[Report on the health of British troops in the Madras command]
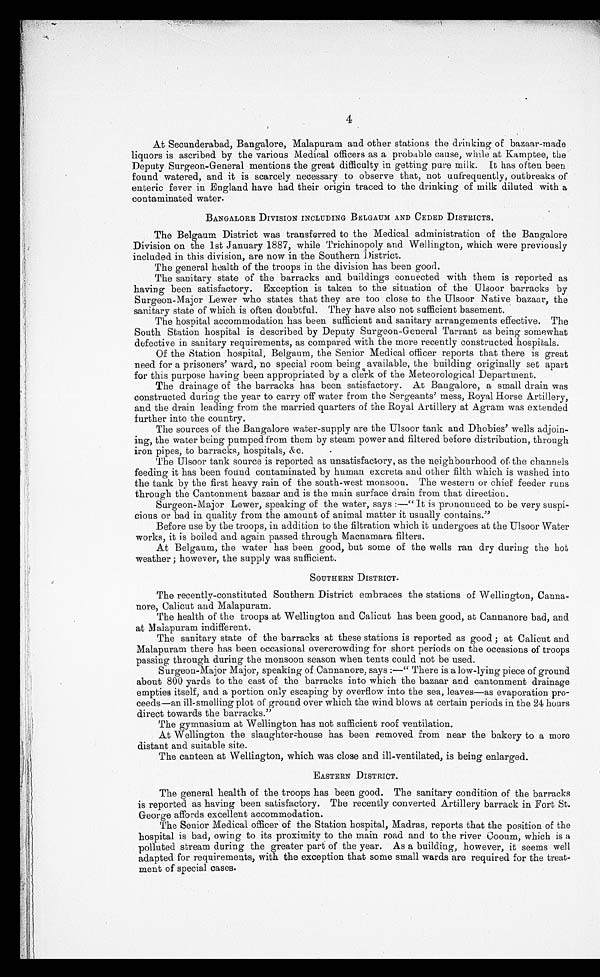
4
At Secunderabad, Bangalore, Malapuram and other stations the drinking of bazaar-made
liquors is ascribed by the various Medical officers as a probable cause, while at Kamptee, the
Deputy Surgeon-General mentions the great difficulty in getting pure milk. It has often been
found watered, and it is scarcely necessary to observe that, not unfrequently, outbreaks of
enteric fever in England have had their origin traced to the drinking of milk diluted with a
contaminated water.
BANGALORE DIVISION INCLUDING BELGAUM AND CEDED DISTRICTS.
The Belgaum District was transferred to the Medical administration of the Bangalore
Division on the 1st January 1887, while Trichinopoly and Wellington, which were previously
included in this division, are now in the Southern District.
The general health of the troops in the division has been good.
The sanitary state of the barracks and buildings connected with them is reported as
having been satisfactory. Exception is taken to the situation of the Ulsoor barracks by
Surgeon-Major Lewer who states that they are too close to the Ulsoor Native bazaar, the
sanitary state of which is often doubtful. They have also not sufficient basement.
The hospital accommodation has been sufficient and sanitary arrangements effective. The
South Station hospital is described by Deputy Surgeon-General Tarrant as being somewhat
defective in sanitary requirements, as compared with the more recently constructed hospitals.
Of the Station hospital, Belgaum, the Senior Medical officer reports that there is great
need for a prisoners' ward, no special room being available, the building originally set apart
for this purpose having been appropriated by a clerk of the Meteorological Department.
The drainage of the barracks has been satisfactory. At Bangalore, a small drain was
constructed during the year to carry off water from the Sergeants' mess, Royal Horse Artillery,
and the drain leading from the married quarters of the Royal Artillery at Agram was extended
further into the country.
The sources of the Bangalore water-supply are the Ulsoor tank and Dhobies' wells adjoin
-ing, the water being pumped from them by steam power and filtered before distribution, through
iron pipes, to barracks, hospitals, &c.
The Ulsoor tank source is reported as unsatisfactory, as the neighbourhood of the channels
feeding it has been found contaminated by human excreta and other filth which is washed into
the tank by the first heavy rain of the south-west monsoon. The western or chief feeder runs
through the Cantonment bazaar and is the main surface drain from that direction.
Surgeon-Major Lewer, speaking of the water, says:—"It is pronounced to be very suspi
-cious or bad in quality from the amount of animal matter it usually contains."
Before use by the troops, in addition to the filtration which it undergoes at the Ulsoor Water
works, it is boiled and again passed through Macnamara filters.
At Belgaum, the water has been good, but some of the wells ran dry during the hot
weather; however, the supply was sufficient.
SOUTHERN DISTRICT.
The recently-constituted Southern District embraces the stations of Wellington, Canna
-nore, Calicut and Malapuram.
The health of the troops at Wellington and Calicut has been good, at Cannanore bad, and
at Malapuram indifferent.
The sanitary state of the barracks at these stations is reported as good; at Calicut and
Malapuram there has been occasional overcrowding for short periods on the occasions of troops
passing through during the monsoon season when tents could not be used.
Surgeon-Major Major, speaking of Cannanore, says:—"There is a low-lying piece of ground
about 800 yards to the east of the barracks into which the bazaar and cantonment drainage
empties itself, and a portion only escaping by overflow into the sea, leaves—as evaporation pro
-ceeds—an ill-smelling plot of ground over which the wind blows at certain periods in the 24 hours
direct towards the barracks."
The gymnasium at Wellington has not sufficient roof ventilation.
At Wellington the slaughter-house has been removed from near the bakery to a more
distant and suitable site.
The canteen at Wellington, which was close and ill-ventilated, is being enlarged.
EASTERN DISTRICT.
The general health of the troops has been good. The sanitary condition of the barracks
is reported as having been satisfactory. The recently converted Artillery barrack in Fort St.
George affords excellent accommodation.
The Senior Medical officer of the Station hospital, Madras, reports that the position of the
hospital is bad, owing to its proximity to the main road and to the river Cooum, which is a
polluted stream during the greater part of the year. As a building, however, it seems well
adapted for requirements, with the exception that some small wards are required for the treat
-ment of special cases.